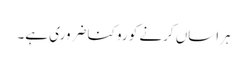
ہراساں کرنے کو روکنا ضروری ہے۔